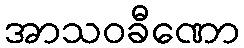
အာသဝခီဏော